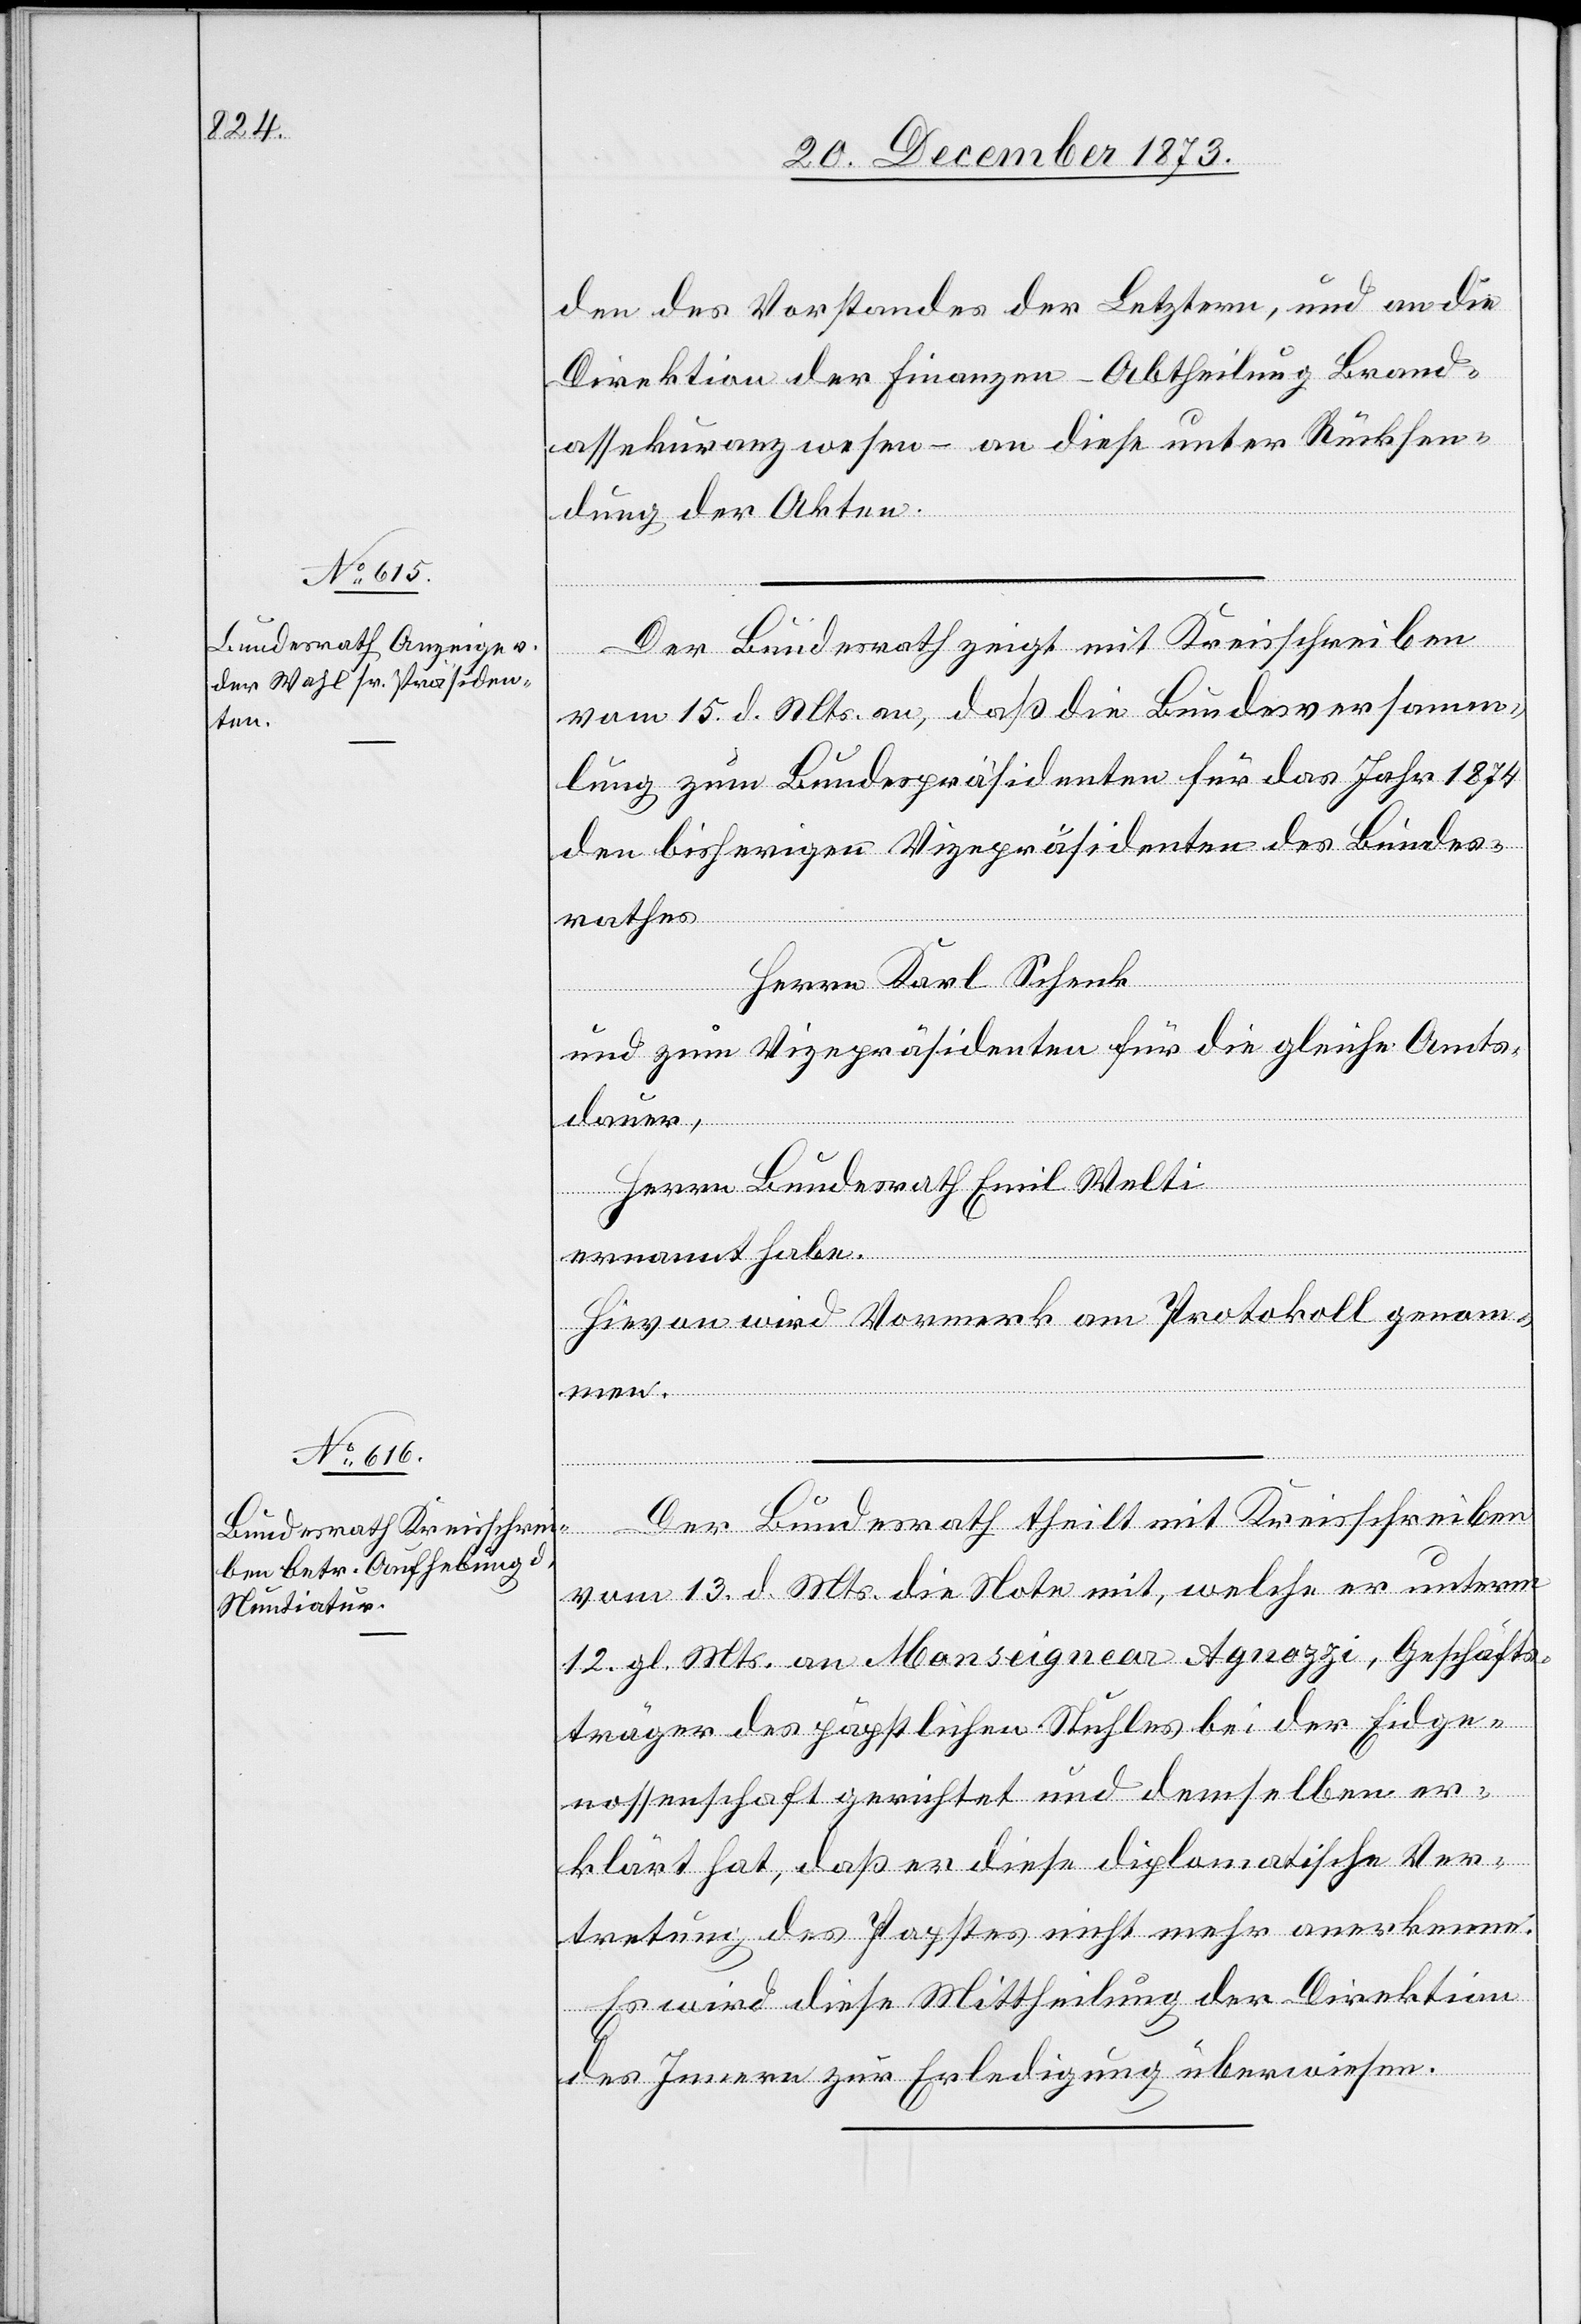
den des Vorstandes der Letztern, und an die
Direktion der Finanzen – Abtheilung Brand¬
assekuranzwesen – an diese unter Rücksen¬
dung der Akten.
Der Bundesrath theilt mit Kreisschreiben
vom 15. d. Mts. an, daß die Bundesversamm¬
lung zum Bundespräsidenten für das Jahr 1874
den bisherigen Vizepräsidenten des Bundes¬
rathes
Herrn Karl Schenk
und zum Vizepräsidenten für die gleiche Amts¬
dauer,
Herrn Bundesrath Emil Welti
ernannt habe.
Hievon wird Vormerk am Protokoll genom¬
men.
vom 13. d. Mts. die Note mit, welche er unterm
12. gl. Mts. an Monseignear Agnozzi, Geschäfts¬
träger des päpstlichen Stuhles bei der Eidge¬
nossenschaft gerichtet und demselben er¬
klärt hat, daß er diese diplomatische Ver¬
tretung des Papstes nicht mehr anerkenne.
Es wird diese Mittheilung der Direktion
des Innern zur Erledigung überwiesen.